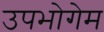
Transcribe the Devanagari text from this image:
उपभोगेम